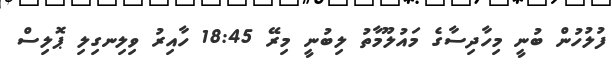
ފުލުހުން ބުނީ މިހާދިސާގެ މައުލޫމާތު ލިބުނީ މިރޭ 18:45 ހާއިރު ވިލިނގިލި ޕޮލިސް